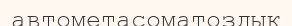
автометасоматоздық